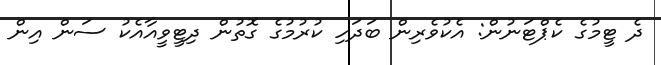
ދެ ޓީމުގެ ކެޕްޓަނުން: އެކުވެރިން ބަދަހި ކުރުމުގެ ގޮތުން ދިޓީވީއާއެކު ސަން އިން